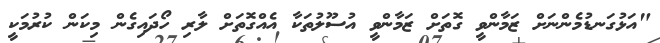
"އަޅުގަނޑުމެންނަށް ޒަމާންވީ ގޮތަށް ޒަމާންވީ އުސޫލުތަކާ އެއްގޮތަށް ލާރި ހޯދައިގެން މިކަން ކުރުމަކީ